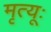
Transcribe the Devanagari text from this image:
मृत्यूः